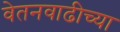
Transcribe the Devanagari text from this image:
वेतनवाढीच्या